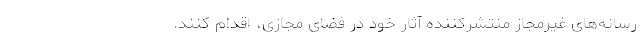
رسانه‌های غیرمجاز منتشرکننده آثار خود در فضای مجازی، اقدام کنند.